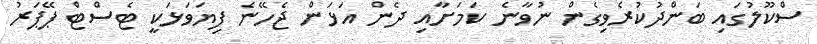
ސްކޫލުގައި ބަންދުކުރެވިގެން ނުވާނެ ކަމަށާއި ދެން އަޅަން ޖެހޭނެ ފިޔަވަޅަކީ ޓެސްޓް ޕޭޕަރު